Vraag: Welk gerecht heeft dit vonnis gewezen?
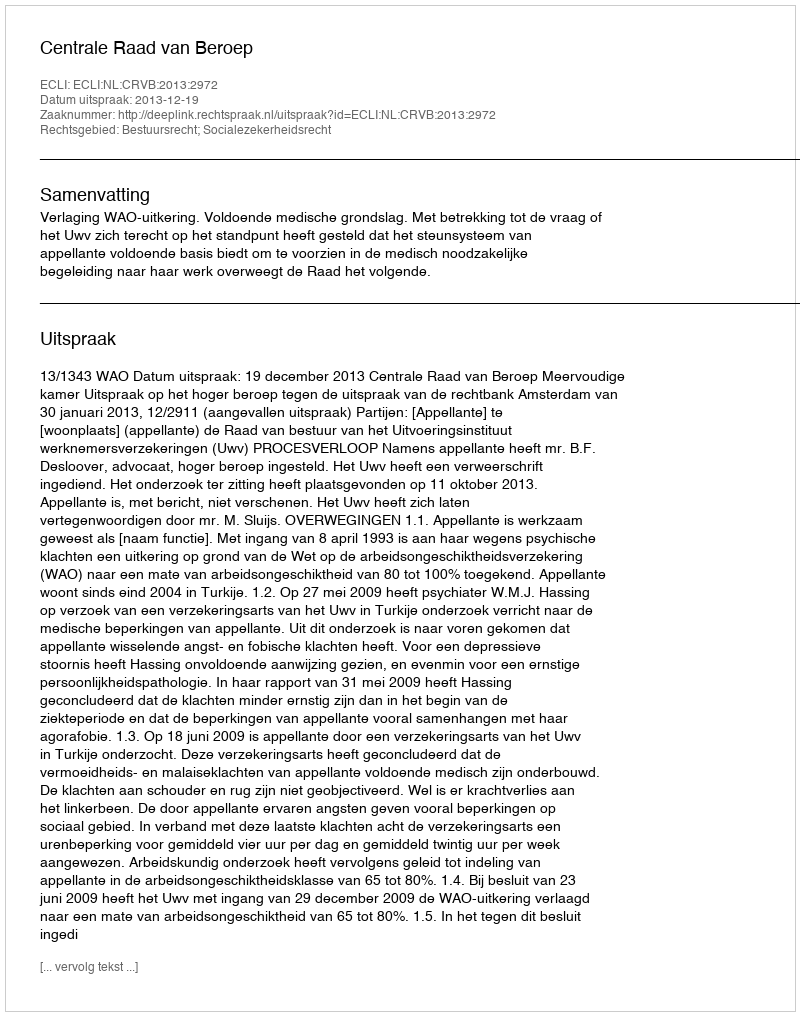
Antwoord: Centrale Raad van Beroep